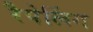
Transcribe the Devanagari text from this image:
रैपेलिंग